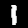
Label: 1